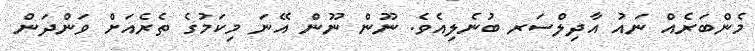
މެންބަރެއް ނައު އާދިލްސަރ ބުނެލިއެވެ. ނޫން ނޫން އޭނަ މިކަމުގެ ތެރެއަށް ވަންދަން